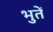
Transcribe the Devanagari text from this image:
भुतें